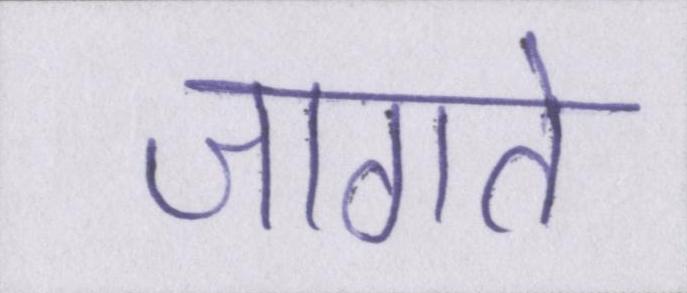
जागते